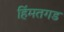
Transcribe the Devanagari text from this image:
हिंमतगड